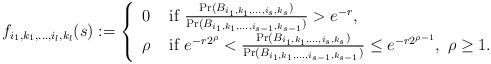
LaTeX: \begin{align*}f_{i_1,k_1,\ldots,i_l,k_l}(s):=\left\{\begin{array}{ll}0 &\mbox{ if } \frac{\Pr(B_{i_1,k_1,\ldots,i_s,k_s})}{\Pr(B_{i_1,k_1,\ldots,i_{s-1},k_{s-1}})}>e^{-r},\\\rho &\mbox{ if } e^{-r2^{\rho}}< \frac{\Pr(B_{i_1,k_1,\ldots,i_s,k_s})}{\Pr(B_{i_1,k_1,\ldots,i_{s-1},k_{s-1}})}\leq e^{-r2^{\rho-1}},\ \rho\geq 1.\end{array}\right.\end{align*}